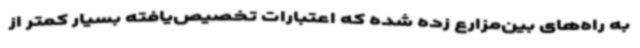
به راه‌های بین‌مزارع زده شده که اعتبارات تخصیص‌یافته بسیار کمتر از